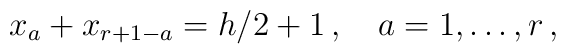
x_{a}+x_{r+1-a}=h/2+1\,,\quad a=1,\ldots ,r\,,